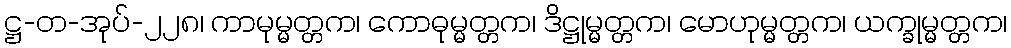
ဋ္ဌ-တ-အုပ်-၂၂၈၊ ကာမုမ္မတ္တက၊ ကောဓုမ္မတ္တက၊ ဒိဋ္ဌုမ္မတ္တက၊ မောဟုမ္မတ္တက၊ ယက္ခုမ္မတ္တက၊